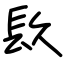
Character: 镹